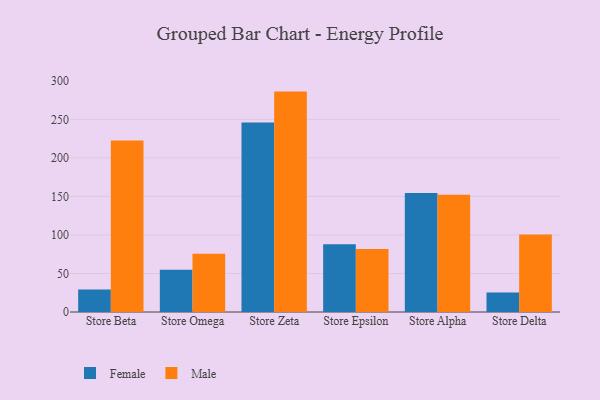
{"axis": {"x": "Store", "y": "Humidity (%)"}, "legend": ["Female", "Male"], "data": [{"x": "Store Beta", "y": 29.1, "type": "Female"}, {"x": "Store Beta", "y": 222.5, "type": "Male"}, {"x": "Store Omega", "y": 54.9, "type": "Female"}, {"x": "Store Omega", "y": 75.7, "type": "Male"}, {"x": "Store Zeta", "y": 245.9, "type": "Female"}, {"x": "Store Zeta", "y": 286.1, "type": "Male"}, {"x": "Store Epsilon", "y": 87.8, "type": "Female"}, {"x": "Store Epsilon", "y": 81.9, "type": "Male"}, {"x": "Store Alpha", "y": 154.4, "type": "Female"}, {"x": "Store Alpha", "y": 152.3, "type": "Male"}, {"x": "Store Delta", "y": 25.2, "type": "Female"}, {"x": "Store Delta", "y": 100.6, "type": "Male"}]}